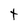
Character: t